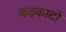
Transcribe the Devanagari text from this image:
वाइकाटो